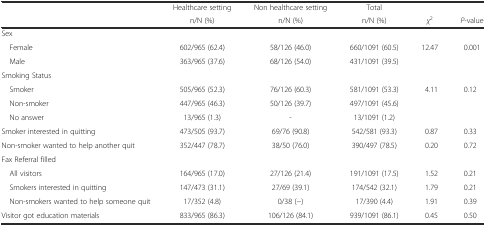
<table><thead><tr><td></td><td><b>Healthcare setting</b></td><td><b>Non healthcare setting</b></td><td><b>Total</b></td><td></td><td></td></tr><tr><td></td><td><b>n/N (%)</b></td><td><b>n/N (%)</b></td><td><b>n/N (%)</b></td><td><b><i>χ</i><sup>2</sup></b></td><td><b><i>P</i>-value</b></td></tr></thead><tbody><tr><td>Sex</td><td></td><td></td><td></td><td></td><td></td></tr><tr><td> Female</td><td>602/965 (62.4)</td><td>58/126 (46.0)</td><td>660/1091 (60.5)</td><td rowspan="2">12.47</td><td rowspan="2">0.001</td></tr><tr><td> Male</td><td>363/965 (37.6)</td><td>68/126 (54.0)</td><td>431/1091 (39.5)</td></tr><tr><td>Smoking Status</td><td></td><td></td><td></td><td></td><td></td></tr><tr><td> Smoker</td><td>505/965 (52.3)</td><td>76/126 (60.3)</td><td>581/1091 (53.3)</td><td rowspan="3">4.11</td><td rowspan="3">0.12</td></tr><tr><td> Non-smoker</td><td>447/965 (46.3)</td><td>50/126 (39.7)</td><td>497/1091 (45.6)</td></tr><tr><td> No answer</td><td>13/965 (1.3)</td><td>-</td><td>13/1091 (1.2)</td></tr><tr><td>Smoker interested in quitting</td><td>473/505 (93.7)</td><td>69/76 (90.8)</td><td>542/581 (93.3)</td><td>0.87</td><td>0.33</td></tr><tr><td>Non-smoker wanted to help another quit</td><td>352/447 (78.7)</td><td>38/50 (76.0)</td><td>390/497 (78.5)</td><td>0.20</td><td>0.72</td></tr><tr><td>Fax Referral filled</td><td></td><td></td><td></td><td></td><td></td></tr><tr><td> All visitors</td><td>164/965 (17.0)</td><td>27/126 (21.4)</td><td>191/1091 (17.5)</td><td>1.52</td><td>0.21</td></tr><tr><td> Smokers interested in quitting</td><td>147/473 (31.1)</td><td>27/69 (39.1)</td><td>174/542 (32.1)</td><td>1.79</td><td>0.21</td></tr><tr><td> Non-smokers wanted to help someone quit</td><td>17/352 (4.8)</td><td>0/38 (−)</td><td>17/390 (4.4)</td><td>1.91</td><td>0.39</td></tr><tr><td>Visitor got education materials</td><td>833/965 (86.3)</td><td>106/126 (84.1)</td><td>939/1091 (86.1)</td><td>0.45</td><td>0.50</td></tr></tbody></table>